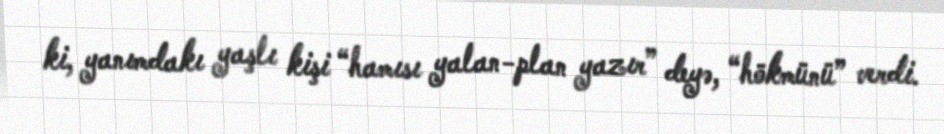
ki, yanımdakı yaşlı kişi “hamısı yalan-plan yazır” deyə, “hökmünü” verdi.